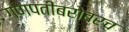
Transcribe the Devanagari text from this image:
गणपतीबरोबरच